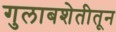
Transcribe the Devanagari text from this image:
गुलाबशेतीतून